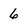
Character: 6